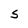
Character: S